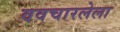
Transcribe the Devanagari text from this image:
ववचारलेला